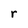
Character: r